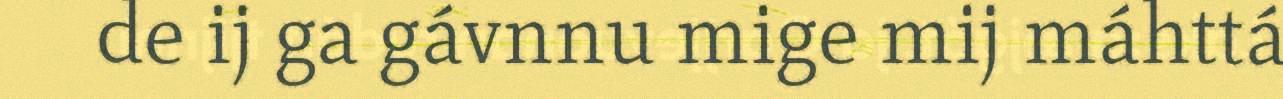
de ij ga gávnnu mige mij máhttá